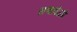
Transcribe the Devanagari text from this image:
सणावेळी